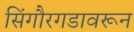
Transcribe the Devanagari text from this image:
सिंगौरगडावरून